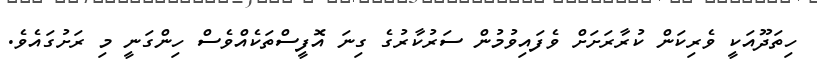
ހިތަދޫއަކީ ވެރިކަން ކުރާރަށަށް ވެފައިވުމުން ސަރުކާރުގެ ގިނަ އޮފީސްތަކެއްވެސް ހިންގަނީ މި ރަށުގައެވެ.